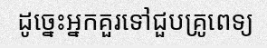
ដូច្នេះអ្នកគួរទៅជួបគ្រូពេទ្យ